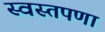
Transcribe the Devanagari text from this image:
स्वस्तपणा